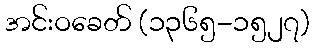
အင်းဝခေတ် (၁၃၆၅-၁၅၂၇)